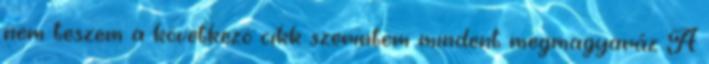
nem teszem a következö cikk szerintem mindent megmagyaráz A